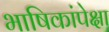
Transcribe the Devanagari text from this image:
भाषिकांपेक्षा